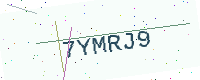
Text: 7YMRJ9